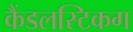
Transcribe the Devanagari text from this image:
कैंडलस्टिकग